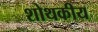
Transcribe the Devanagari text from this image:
शोथकीय